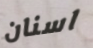
اسنان